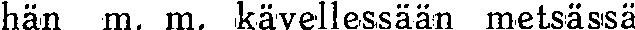
hän m. m. kävellessään metsässä